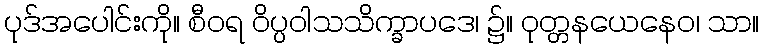
ပုဒ်အပေါင်းကို။ စီဝရ ဝိပ္ပဝါသသိက္ခာပဒေ၊ ၌။ ဝုတ္တနယေနေဝ၊ သာ။